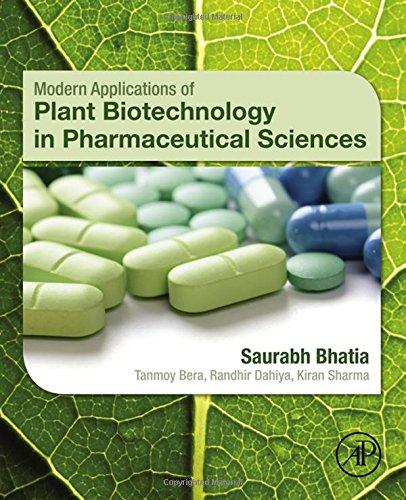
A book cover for Modern Applications of Plant Biotechnology in Pharmaceutical Sciences; Saurabh Bhatia; Medical Books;